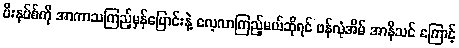
ဗီးနပ်စ်ကို အာကာသကြည့်မှန်ပြောင်းနဲ့ လေ့လာကြည့်မယ်ဆိုရင် ဖန်လုံအိမ် အာနိသင် ကြောင့်